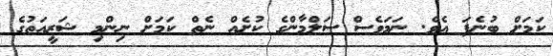
ކަމަށް ބުނެފަ އެވެ. ނަމަވެސް ސަލްމާންގެ ކުށެއް ނެތް ކަމަށް ނިންމި ޝަރީއަތުގެ